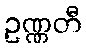
ဥဏ္ဏတီ